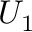
U _ { 1 }